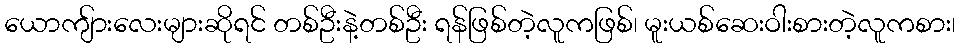
ယောကျ်ားလေးများဆိုရင် တစ်ဦးနဲ့တစ်ဦး ရန်ဖြစ်တဲ့လူကဖြစ်၊ မူးယစ်ဆေးဝါးစားတဲ့လူကစား၊